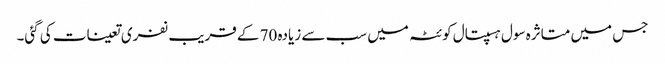
جس میں متاثرہ سول ہسپتال کوئٹہ میں سب سے زیادہ 70 کے قریب نفری تعینات کی گئی۔